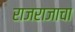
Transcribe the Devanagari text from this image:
राजराजाचा